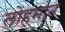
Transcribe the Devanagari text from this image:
लोहमान